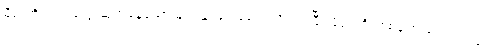
မီစာတိုသည် သွေးဆုတ်နေသော မျက်နှာဖြင့် ခေါင်းညိတ်ပြပြီး မိခင်ကို တစ်ချက် ဝေ့ကြည့်၍